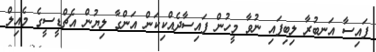
ފައިސާ އަނބުރާ ލިބިފައި ނުވާ މީހުން ފައިސާދެއްކިކަން އަންގާ ލިޔުން އެޗްޑީސީގެ މެއިލް